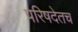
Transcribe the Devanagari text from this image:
परिषदेतच